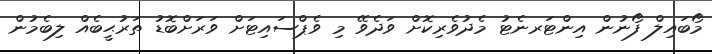
މޯބައިލް ފޯނުން އިންޓަރނެޓު މެދުވެރިކޮށް ވަދެވޭ މި ވެޕްސައިޓަށް ވަރަށްބޮޑު ތަރުޙީބެއް ލިބެމުން